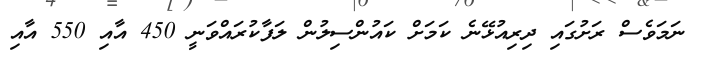
ނަމަވެސް ރަށުގައި ދިރިއުޅޭނެ ކަމަށް ކައުންސިލުން ލަފާކުރައްވަނީ 450 އާއި 550 އާއި